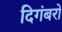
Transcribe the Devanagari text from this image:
दिगंबरों